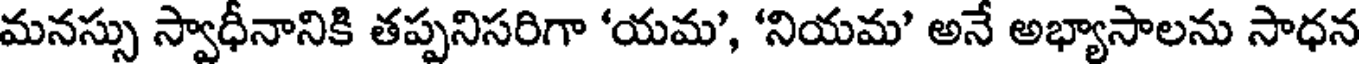
మనస్సు స్వాధీనానికి తప్పనిసరిగా 'యమ', 'నియమ' అనే అభ్యాసాలను సాధన